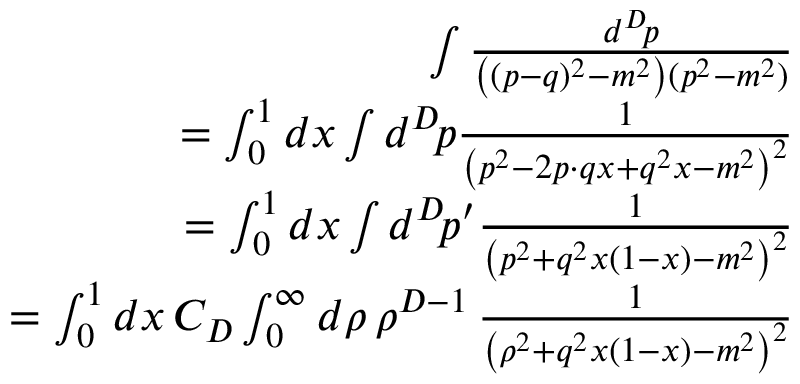
\begin{array} { r l r } & { } & { \int { \frac { d ^ { D } \! p } { \left( ( p - q ) ^ { 2 } - m ^ { 2 } \right) ( p ^ { 2 } - m ^ { 2 } ) } } } \\ & { } & { \qquad = \int _ { 0 } ^ { 1 } d x \int d ^ { D } \! p { \frac { 1 } { \left( p ^ { 2 } - 2 p \cdot q x + q ^ { 2 } x - m ^ { 2 } \right) ^ { 2 } } } } \\ & { } & { \qquad = \int _ { 0 } ^ { 1 } d x \int d ^ { D } \! p ^ { \prime } { \frac { 1 } { \left( p ^ { 2 } + q ^ { 2 } x ( 1 - x ) - m ^ { 2 } \right) ^ { 2 } } } } \\ & { } & { \qquad = \int _ { 0 } ^ { 1 } d x \, C _ { D } \int _ { 0 } ^ { \infty } d \rho \, \rho ^ { D - 1 } \, { \frac { 1 } { \left( \rho ^ { 2 } + q ^ { 2 } x ( 1 - x ) - m ^ { 2 } \right) ^ { 2 } } } } \end{array}